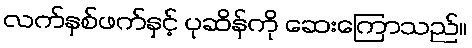
လက်နှစ်ဖက်နှင့် ပုဆိန်ကို ဆေးကြောသည်။